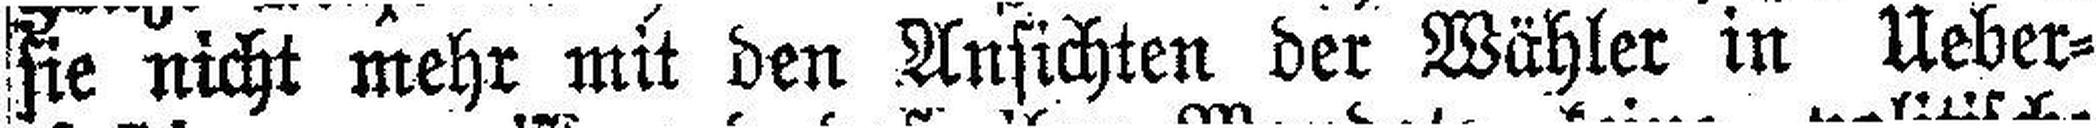
sie nicht mehr mit den Ansichten der Wähler in Ueber¬